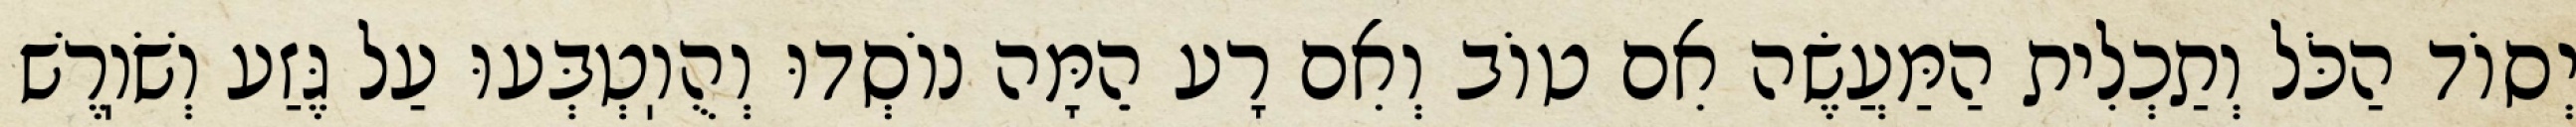
יְסוֹד הַכֹּל וְתַכְלִית הַמַּעֲשֶׂה אִם טוֹב וְאִם רָע הֵמָּה נוֹסְדוּ וְהֻוֽטְבְּעוּ עַל גֶּזַע וְשֹׁוֽרֶשׁ